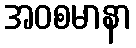
အဝစမာနာ